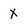
Character: X